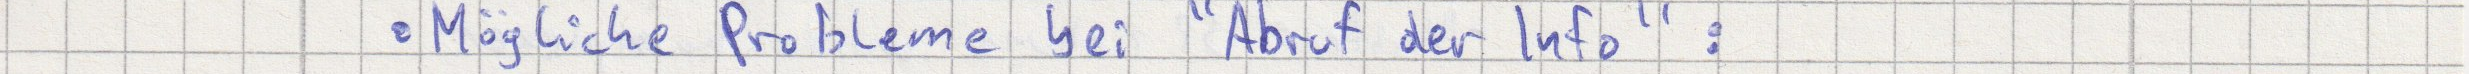
Mögliche Probleme bei "Abruf der Info" :